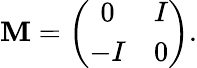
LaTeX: \mathbf{M}=\left(\begin{array}{cc}{{0}}&{{I}}\\ {{-I}}&{{0}}\end{array}\right).